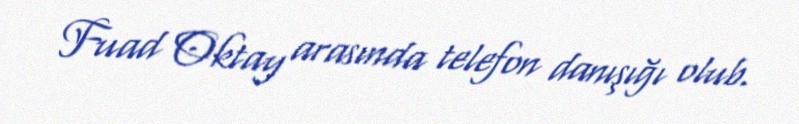
Fuad Oktay arasında telefon danışığı olub.